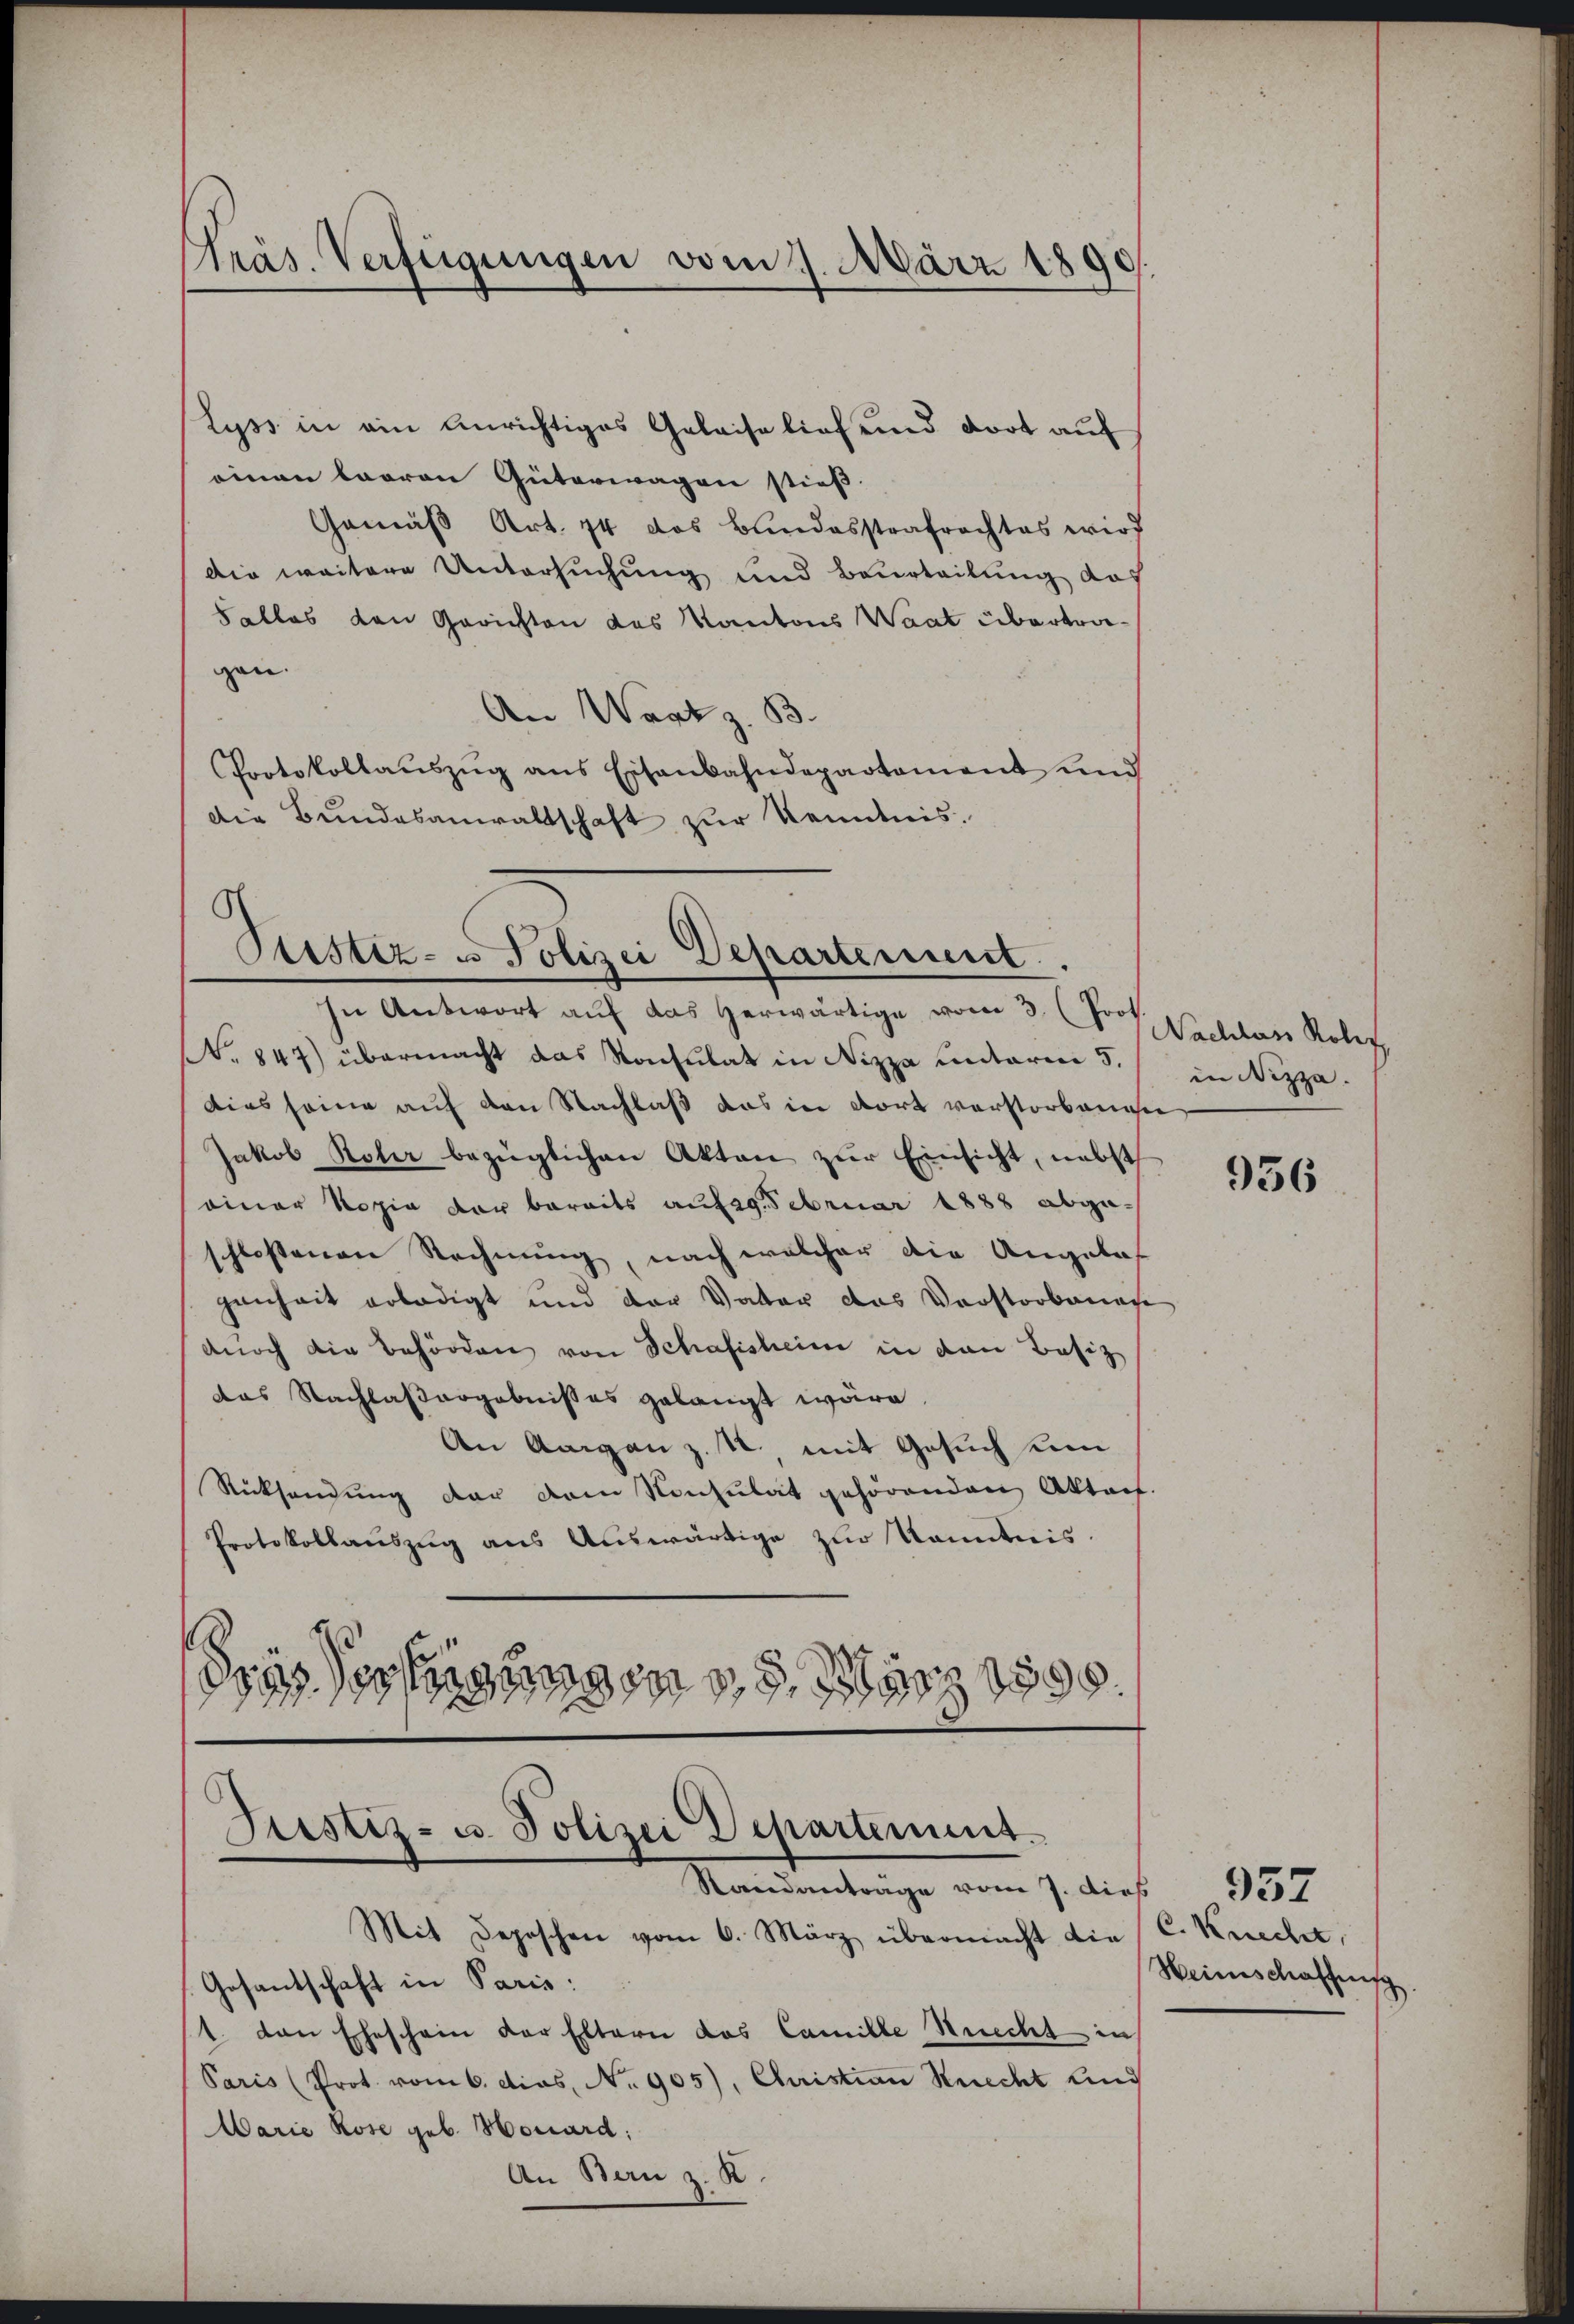
Lyss in ein anrichtiges Geleise lief und dort auf
einen baaren Güterwagen stieß.
Gemäß Art. 74 das Bundesstrafrachtes wird
Die weitere Untersuchung und Beurteilung das
Salles den Gerichten das Kantons Waat übertragan.
An Wart z. B.
Protokollaŭszŭg ans Eisenbahndepartement und
Die Bundesanwaltschaft zur Kenntnis.

Präs. Verfügungen vom 17. März 1890.

Puster- u Polizei Departement
n Antwort auf das herwärtige vom 3. Prot. Nachlass Rober

N. 847) übermacht das Konsulat in Nizza unterm 5.
dies seine auf den Nachlaß das in dort verstorbenesen
Jakob Roter bezüglichen Akten zŭr Einsicht, nebst
einer Kopie der bereits auf 29. Februar 1888 abge-
schlossenen Rechnung, nach welcher die Angelas
genheit erledigt und der Vater das Vorstorbenese
durch die Behörden von Schafisheim in den Besiz
das Nachlassergebnisses gelangt wäre.
An Aargau z. u. mit Gesuch um
Rücksendung der dem Konsulat gehörenden Aktaf
Protokollauszug aus Auswärtige zur Kenntnis.
drasserungen, 9. März 1898

Justiz- u. Polizei Departement.
Standantrage vom 7. dies

in Nizza.

Mit Depeschen vom 6. März übermacht die
Gesandschaft in Paris:
1. von Eheschein der Eltern das Camille Recht in
Paris (Prot. vom 6. dies, No. 905), Christian Kerecht und
Marie Rose geb. Monard:
An Bau z. B.

956

C. Knecht,
Heimschaffung

957